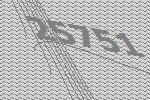
25751